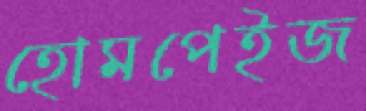
হোমপেইজ